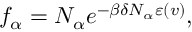
f _ { \alpha } = N _ { \alpha } e ^ { - \beta \delta N _ { \alpha } \varepsilon ( \v { v } ) } ,